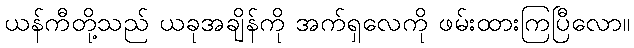
ယန်ကီတို့သည် ယခုအချိန်ကို အက်ရှလေကို ဖမ်းထားကြပြီလော။